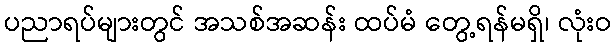
ပညာရပ်များတွင် အသစ်အဆန်း ထပ်မံ တွေ့ရန်မရှိ၊ လုံးဝ